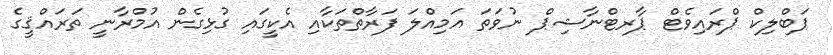
ޕަބްލިކް ޕްރައިވެޓް ޕާރޓްނާޝިޕް ނުވަތަ އަމިއްލަ ފަރާތްތަކާއި އެކީގައި ގުޅިގެން އުމްރާނީ ތަރައްޤީގެ